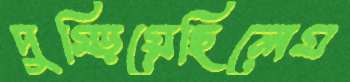
দুম্‌ড়িয়েছিলেম